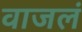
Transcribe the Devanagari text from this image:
वाजलं